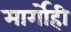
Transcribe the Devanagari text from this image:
मार्गोही